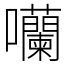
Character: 囒